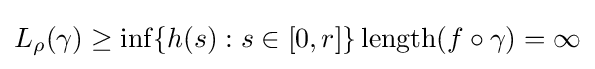
L_{\rho }(\gamma )\geq \inf\{h(s):s\in [0,r]\}\,\mathrm {length} (f\circ \gamma )=\infty